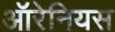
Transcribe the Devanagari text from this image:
ऑरेनियस